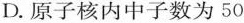
D.原子核内中子数为50